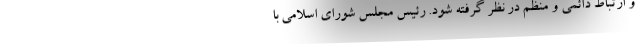
و ارتباط دائمی و منظم در نظر گرفته شود. رئیس مجلس شورای اسلامی با